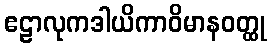
ဧဠာလုကဒါယိကာဝိမာနဝတ္ထု